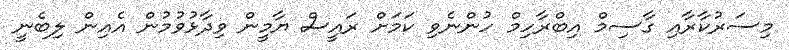
މިސަރުކާރާއި ގާސިމް އިބްރާހިމް ހުންނެވި ކަމަށް ރައީސް ޔާމީން ވިދާޅުވުމުން އެއިން ލިބެނީ